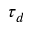
\tau _ { d }